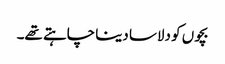
بچوں کو دلاسا دینا چاہتے تھے۔